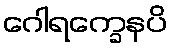
ဂေါရက္ခေနပိ